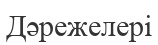
Дәрежелері